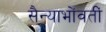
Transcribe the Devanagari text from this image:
सैन्याभोंवतीं